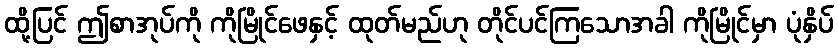
ထို့ပြင် ဤစာအုပ်ကို ကိုမြိုင်ဖေနှင့် ထုတ်မည်ဟု တိုင်ပင်ကြသောအခါ ကိုမြိုင်မှာ ပုံနှိပ်